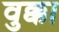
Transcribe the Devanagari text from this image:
वुक्का